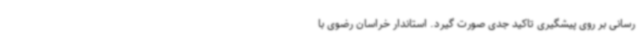
رسانی بر روی پیشگیری تاکید جدی صورت گیرد. استاندار خراسان رضوی با